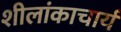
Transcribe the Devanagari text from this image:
शीलांकाचार्य